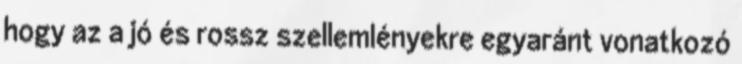
hogy az a jó és rossz szellemlényekre egyaránt vonatkozó